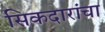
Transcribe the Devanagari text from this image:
सिकदारांचा